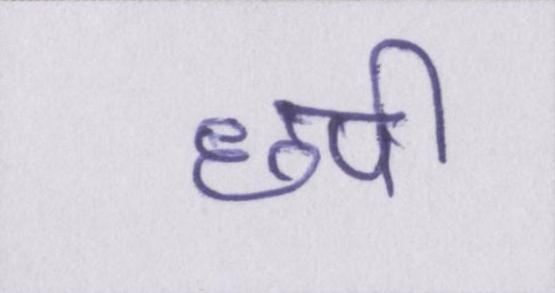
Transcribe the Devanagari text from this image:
छपी